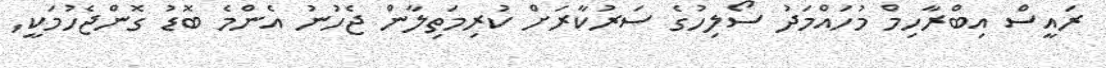
ރައީސް އިބްރާހިމް މުހައްމަދު ސޯލިހުގެ ސަރުކާރަށް ކުރިމަތިލާން ޖެހުނު އެންމެ ބޮޑު ގޮންޖެހުމަކީ